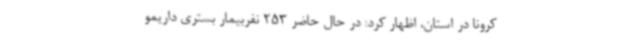
کرونا در استان، اظهار کرد: در حال حاضر 253 نفربیمار بستری داریمو